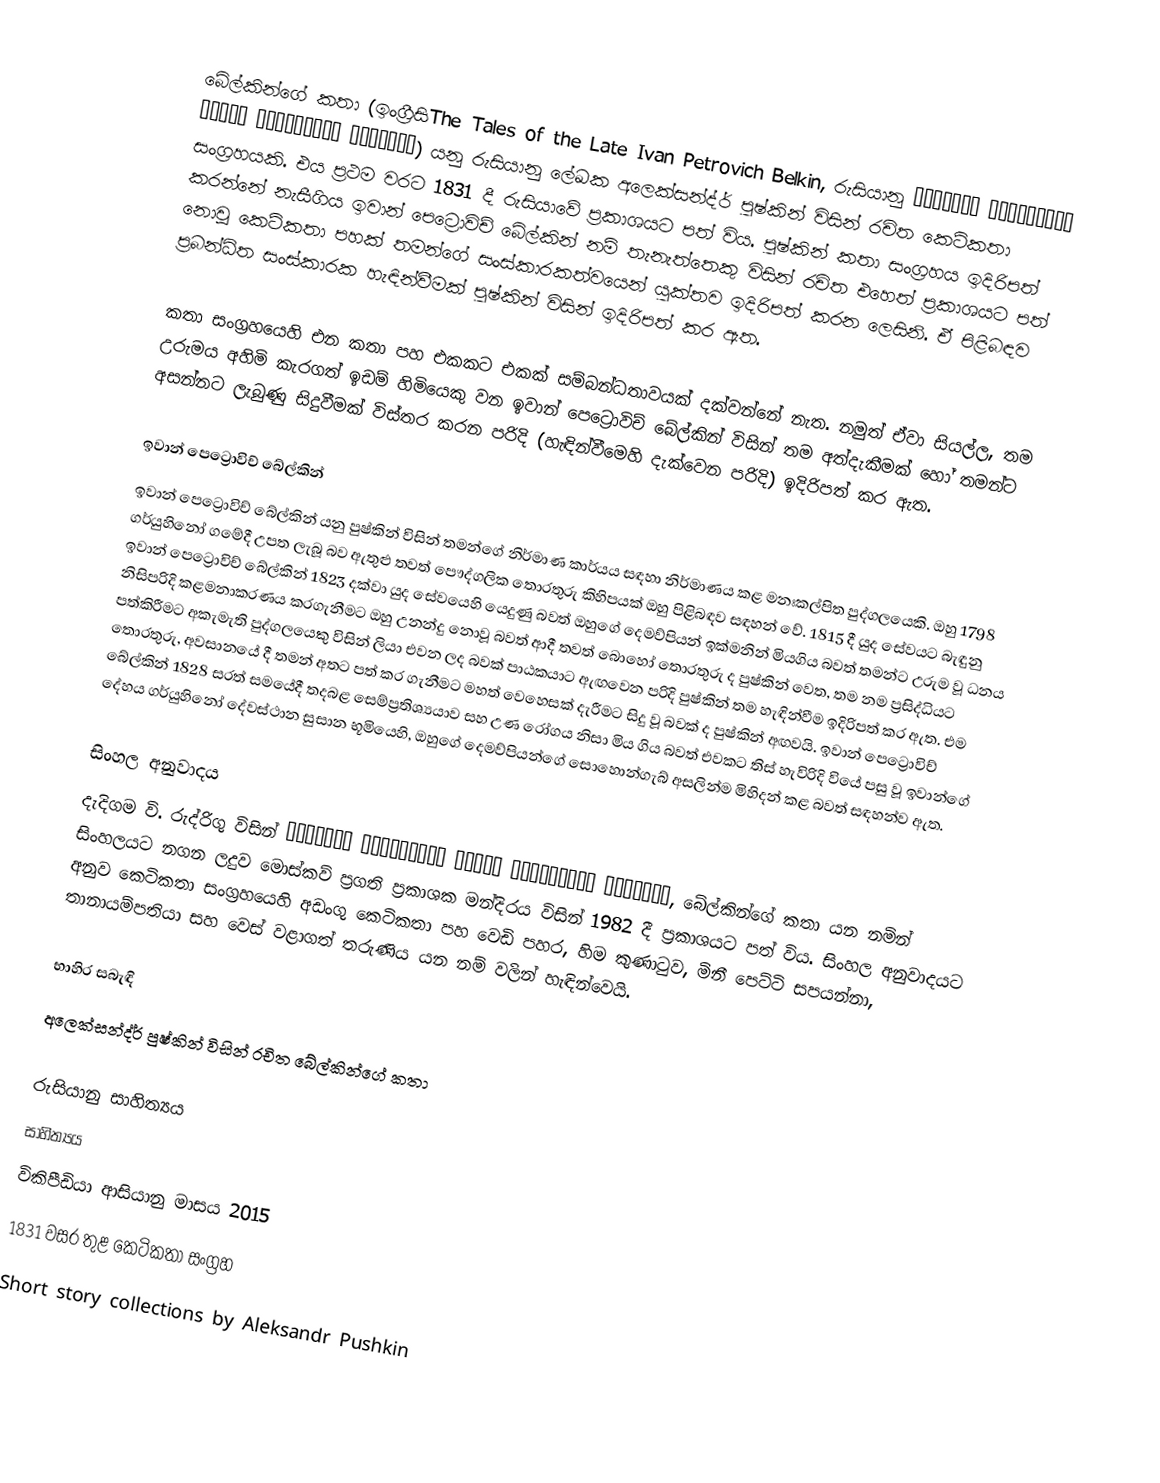
බේල්කින්ගේ කතා (ඉංග්‍රීසිThe Tales of the Late Ivan Petrovich Belkin, රුසියානු Повести покойного Ивана Петровича Белкина) යනු රුසියානු ලේඛක අලෙක්සන්ද්ර් පුෂ්කින් විසින් රචිත කෙටිකතා සංග්‍රහයකි. එය ප්‍රථම වරට 1831 දී රුසියාවේ ප්‍රකාශයට පත් විය. පුෂ්කින් කතා සංග්‍රහය ඉදිරිපත් කරන්නේ නැසීගිය ඉවාන් පෙට්‍රොවිච් බේල්කින් නම් තැනැත්තෙකු විසින් රචිත එහෙත් ප්‍රකාශයට පත් නොවූ කෙටිකතා පහක් තමන්ගේ සංස්කාරකත්වයෙන් යුක්තව ඉදිරිපත් කරන ලෙසිනි. ඒ පිළිබඳව ප්‍රබන්ධිත සංස්කාරක හැඳින්වීමක් පුෂ්කින් විසින් ඉදිරිපත් කර ඇත.

කතා සංග්‍රහයෙහි එන කතා පහ එකකට එකක් සම්බන්ධතාවයක් දක්වන්නේ නැත. නමුත් ඒවා සියල්ල, තම උරුමය අහිමි කැරගත් ඉඩම් හිමියෙකු වන ඉවාන් පෙට්‍රොවිච් බේල්කින් විසින් තම අත්දැකීමක් හෝ තමන්ට අසන්නට ලැබුණු සිදුවීමක් විස්තර කරන පරිදි (හැඳින්වීමෙහි දැක්වෙන පරිදි) ඉදිරිපත් කර ඇත.

ඉවාන් පෙට්‍රොවිච් බේල්කින්
ඉවාන් පෙට්‍රොවිච් බේල්කින් යනු පුෂ්කින් විසින් තමන්ගේ නිර්මාණ කාර්යය සඳහා නිර්මාණය කළ මනඃකල්පිත පුද්ගලයෙකි. ඔහු 1798 ගර්යුහිනෝ ගමේදී උපත ලැබූ බව ඇතුළු තවත් පෞද්ගලික තොරතුරු කිහිපයක් ඔහු පිළිබඳව සඳහන් වේ. 1815 දී යුද සේවයට බැඳුනු ඉවාන් පෙට්‍රොවිච් බේල්කින් 1823 දක්වා යුද සේවයෙහි යෙදුණු බවත් ඔහුගේ දෙමව්පියන් ඉක්මනින් මියගිය බවත් තමන්ට උරුම වූ ධනය නිසිපරිදි කළමනාකරණය කරගැනීමට ඔහු උනන්දු නොවූ බවත් ආදී තවත් බොහෝ තොරතුරු ද පුෂ්කින් වෙත, තම නම ප්‍රසිද්ධියට පත්කිරීමට අකැමැති පුද්ගලයෙකු විසින් ලියා එවන ලද බවක් පාඨකයාට ඇඟවෙන පරිදි පුෂ්කින් තම හැඳින්වීම ඉදිරිපත් කර ඇත. එම තොරතුරු, අවසානයේ දී තමන් අතට පත් කර ගැනීමට මහත් වෙහෙසක් දැරීමට සිදු වූ බවක් ද පුෂ්කින් අඟවයි. ඉවාන් පෙට්‍රොවිච් බේල්කින් 1828 සරත් සමයේදී තදබළ සෙම්ප්‍රතිශ්‍යයාව සහ උණ රෝගය නිසා මිය ගිය බවත් එවකට තිස් හැවිරිදි වියේ පසු වූ ඉවාන්ගේ දේහය ගර්යුහිනෝ දේවස්ථාන සුසාන භූමියෙහි, ඔහුගේ දෙමව්පියන්ගේ සොහොන්ගැබ් අසලින්ම මිහිදන් කළ බවත් සඳහන්ව ඇත.

සිංහල අනුවාදය
දැදිගම වි. රුද්රිගු විසින් Повести покойного Ивана Петровича Белкина, බේල්කින්ගේ කතා යන නමින් සිංහලයට නගන ලදුව  මොස්කව් ප්‍රගති ප්‍රකාශක මන්දිරය විසින් 1982 දී ප්‍රකාශයට පත් විය. සිංහල අනුවාදයට අනුව කෙටිකතා සංග්‍රහයෙහි අඩංගු කෙටිකතා පහ වෙඩි පහර, හිම කුණාටුව, මිනී පෙට්ටි සපයන්නා, තානායම්පතියා සහ වෙස් වළාගත් තරුණිය යන නම් වලින් හැඳින්වෙයි.

භාහිර සබැඳි
අලෙක්සන්ද්ර් පුෂ්කින් විසින් රචිත බේල්කින්ගේ කතා

රුසියානු සාහිත්‍යය
සාහිත්‍යය‍
විකිපීඩියා ආසියානු මාසය 2015
1831 වසර තුළ කෙටිකතා සංග්‍රහ
Short story collections by Aleksandr Pushkin